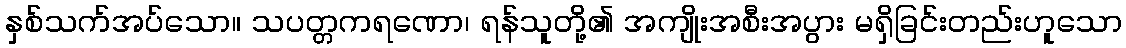
နှစ်သက်အပ်သော။ သပတ္တကရဏော၊ ရန်သူတို့၏ အကျိုးအစီးအပွား မရှိခြင်းတည်းဟူသော